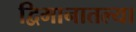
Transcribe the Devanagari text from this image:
द्विमानातल्या